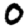
Digit: 0